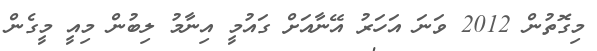
މިގޮތުން 2012 ވަނަ އަހަރު އޭނާއަށް ގައުމީ އިނާމު ލިބުން މިއީ މީގެން